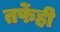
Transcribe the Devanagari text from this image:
तर्फेही